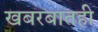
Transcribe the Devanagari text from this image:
खबरबातही